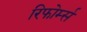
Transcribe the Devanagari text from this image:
रिफोर्म्स